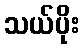
သယ်ပိုး